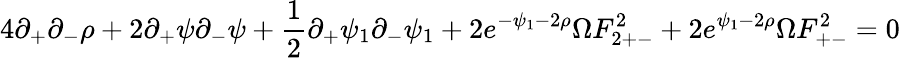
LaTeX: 4\partial_{+}\partial_{-}\rho+2\partial_{+}\psi\partial_{-}\psi+\frac{1}{2}\partial_{+}\psi_{1}\partial_{-}\psi_{1}+2e^{-\psi_{1}-2\rho}\Omega F_{2+-}^{2}+2e^{\psi_{1}-2\rho}\Omega F_{+-}^{2}=0